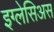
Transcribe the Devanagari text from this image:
इग्लेसिअस